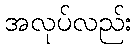
အလုပ်လည်း